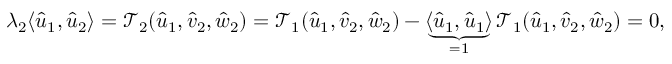
\begin{array} { r l } & { \lambda _ { 2 } \langle \hat { u } _ { 1 } , \hat { u } _ { 2 } \rangle = { \mathcal { T } } _ { 2 } ( \hat { u } _ { 1 } , \hat { v } _ { 2 } , \hat { w } _ { 2 } ) = { \mathcal { T } } _ { 1 } ( \hat { u } _ { 1 } , \hat { v } _ { 2 } , \hat { w } _ { 2 } ) - \underbrace { \langle \hat { u } _ { 1 } , \hat { u } _ { 1 } \rangle } _ { = 1 } { \mathcal { T } } _ { 1 } ( \hat { u } _ { 1 } , \hat { v } _ { 2 } , \hat { w } _ { 2 } ) = 0 , } \end{array}